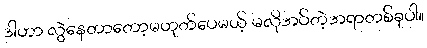
ဒါဟာ လွဲနေတာတော့မဟုတ်ပေမယ့် မလိုအပ်တဲ့အရာတစ်ခုပါ။